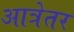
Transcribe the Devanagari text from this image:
आत्रेतर